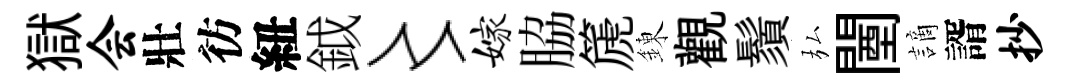
獄会壯彷紐鉞〻嫁脇篪錬觀鬚弘闉謫諝抄